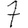
Digit: 7